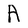
Character: A